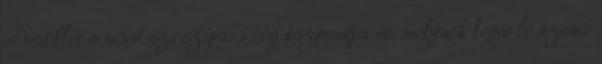
Distillers nevű szeszipari cég központja is, melynek lepárló üzeme